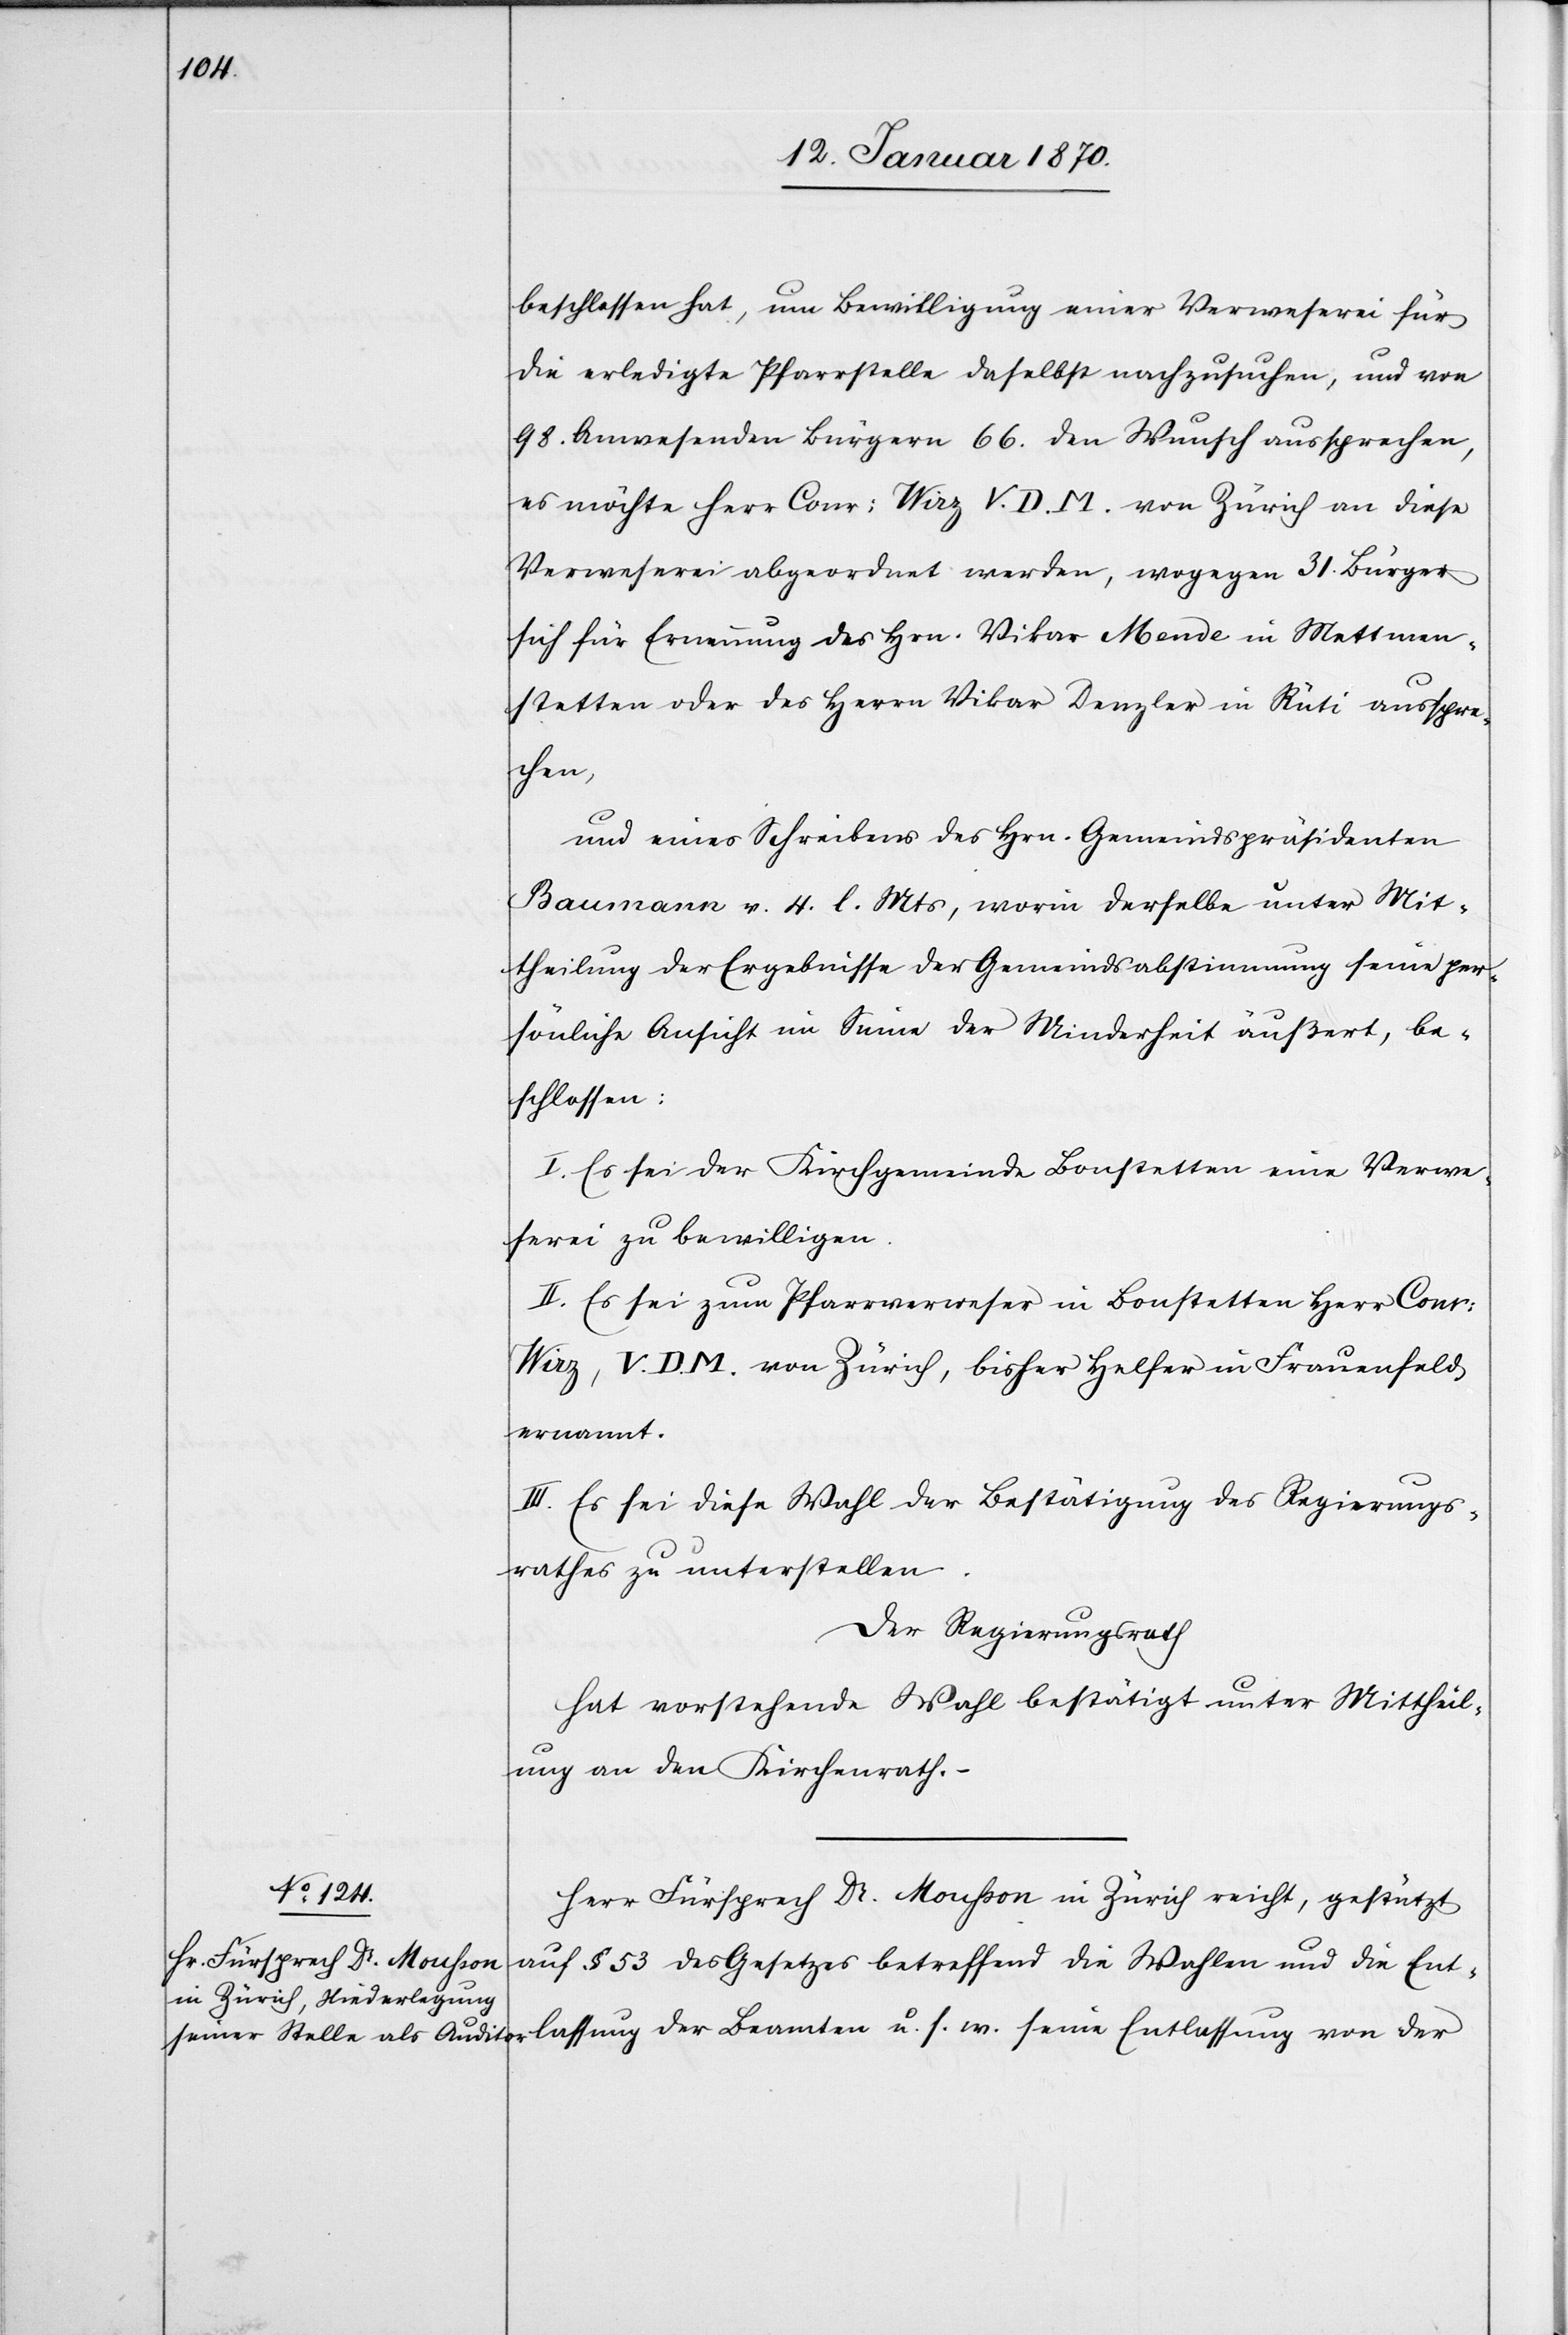
beschlossen hat, um Bewilligung einer Verweserei für
die erledigte Pfarrstelle daselbst nachzusuchen, und von
98. Anwesenden Bürgern 66. den Wunsch aussprechen,
es möchte Herr Conr: Wirz V. D. M. von Zürich an diese
Verweserei abgeordnet werden, wogegen 31. Bürger
sich für Ernennung des Hrn. Vikar Mende in Mettmen¬
stetten oder des Herrn Vikar Denzler in Rüti ausspre¬
assung
und eines Schreibens des Hrn. Gemeindspräsidenten
Baumann v. 4. l. Mts., worin derselbe unter Mit¬
theilung der Ergebnisse der Gemeindsabstimmung seine per¬
sönliche Ansicht im Sinne der Minderheit äußert, be¬
schlossen:
I. Es sei der Kirchgemeinde Bonstetten eine Verwe¬
serei zu bewilligen.
II. Es sei zum Pfarrverweser in Bonstetten Herr Conr:
Wirz, V. D. M. von Zürich, bisher Helfer in Frauenfeld
ernannt.
III. Es sei diese Wahl der Bestätigung des Regierungs¬
rathes zu unterstellen.
Der Regierungsrath
hat vorstehende Wahl bestätigt unter Mittheil¬
ung an den Kirchrath.
Herr Fürsprech Dr. Mousson in Zürich reicht, gestützt
auf § 53 des Gesetzes betreffend die Wahlen und die Entl¬